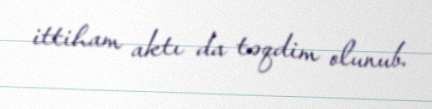
ittiham aktı da təqdim olunub.